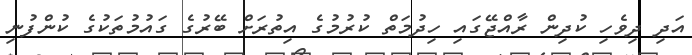
އަދި ދިވެހި ކުދިން ރާއްޖޭގައި ހިދުމަތް ކުރުމުގެ އިތުރަށް ބޭރުގެ ގައުމުތަކުގެ ކުންފުނި